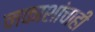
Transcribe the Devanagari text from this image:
नकाशांचाही